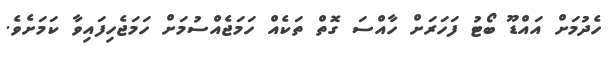
ހެދުމަށް އައްޑޫ ބޯޓު ފަހަރަށް ހާއްސަ ގޮތް ތަކެއް ހަމަޖެއްސުމަށް ހަމަޖެހިފައިވާ ކަމަށެވެ.